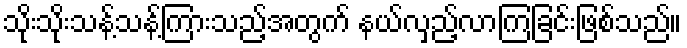
သိုးသိုးသန့်သန့်ကြားသည့်အတွက် နယ်လှည့်လာကြခြင်းဖြစ်သည်။